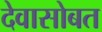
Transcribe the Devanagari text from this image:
देवासोबत